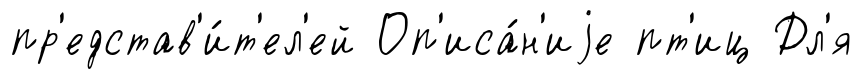
пр'едстав'и́т'ел'ей Оп'иса́н'иjе пт'иц Дл'я